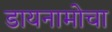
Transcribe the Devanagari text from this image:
डायनामोचा